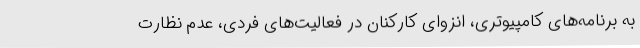
به برنامه‌های کامپیوتری، انزوای کارکنان در فعالیت‌های فردی، عدم نظارت